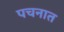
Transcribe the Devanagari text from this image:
पचनात